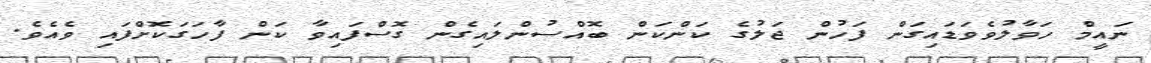
ނައީމް ހަވާލުވެވަޑައިގަން ފަހުން ޖަލުގެ ކަންކަން ބޮއްސުންލައިގެން ގޮސްފައިވާ ކަން ފާހަގަކޮށްފައި ވެއެވެ.